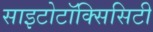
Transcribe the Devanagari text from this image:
साइटोटॉक्सिसिटी